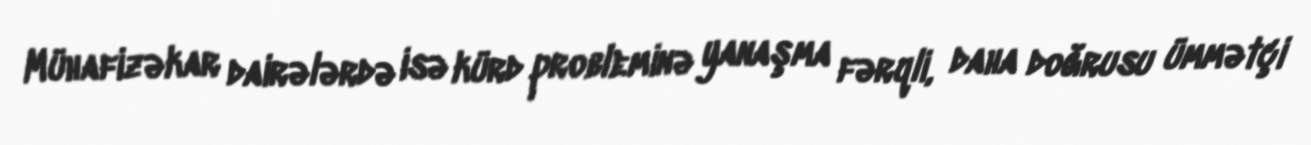
Mühafizəkar dairələrdə isə kürd probleminə yanaşma fərqli, daha doğrusu ümmətçi